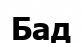
Бад